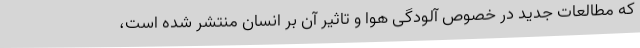
که مطالعات جدید در خصوص آلودگی هوا و تاثیر آن بر انسان منتشر شده است،